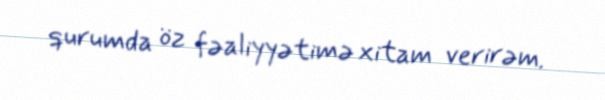
qurumda öz fəaliyyətimə xitam verirəm.